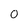
Character: O